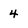
Character: 4